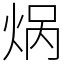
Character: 㶽